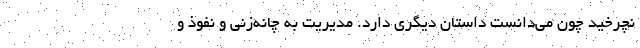
نچرخید چون می‌دانست داستان دیگری دارد. مدیریت به چانه‌زنی و نفوذ و